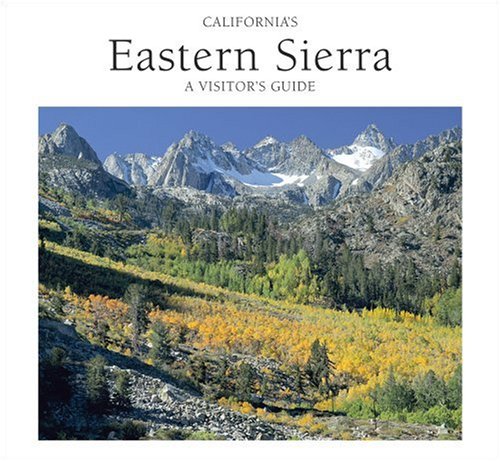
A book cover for California's Eastern Sierra: A Visitor's Guide; Sue Irwin; Travel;